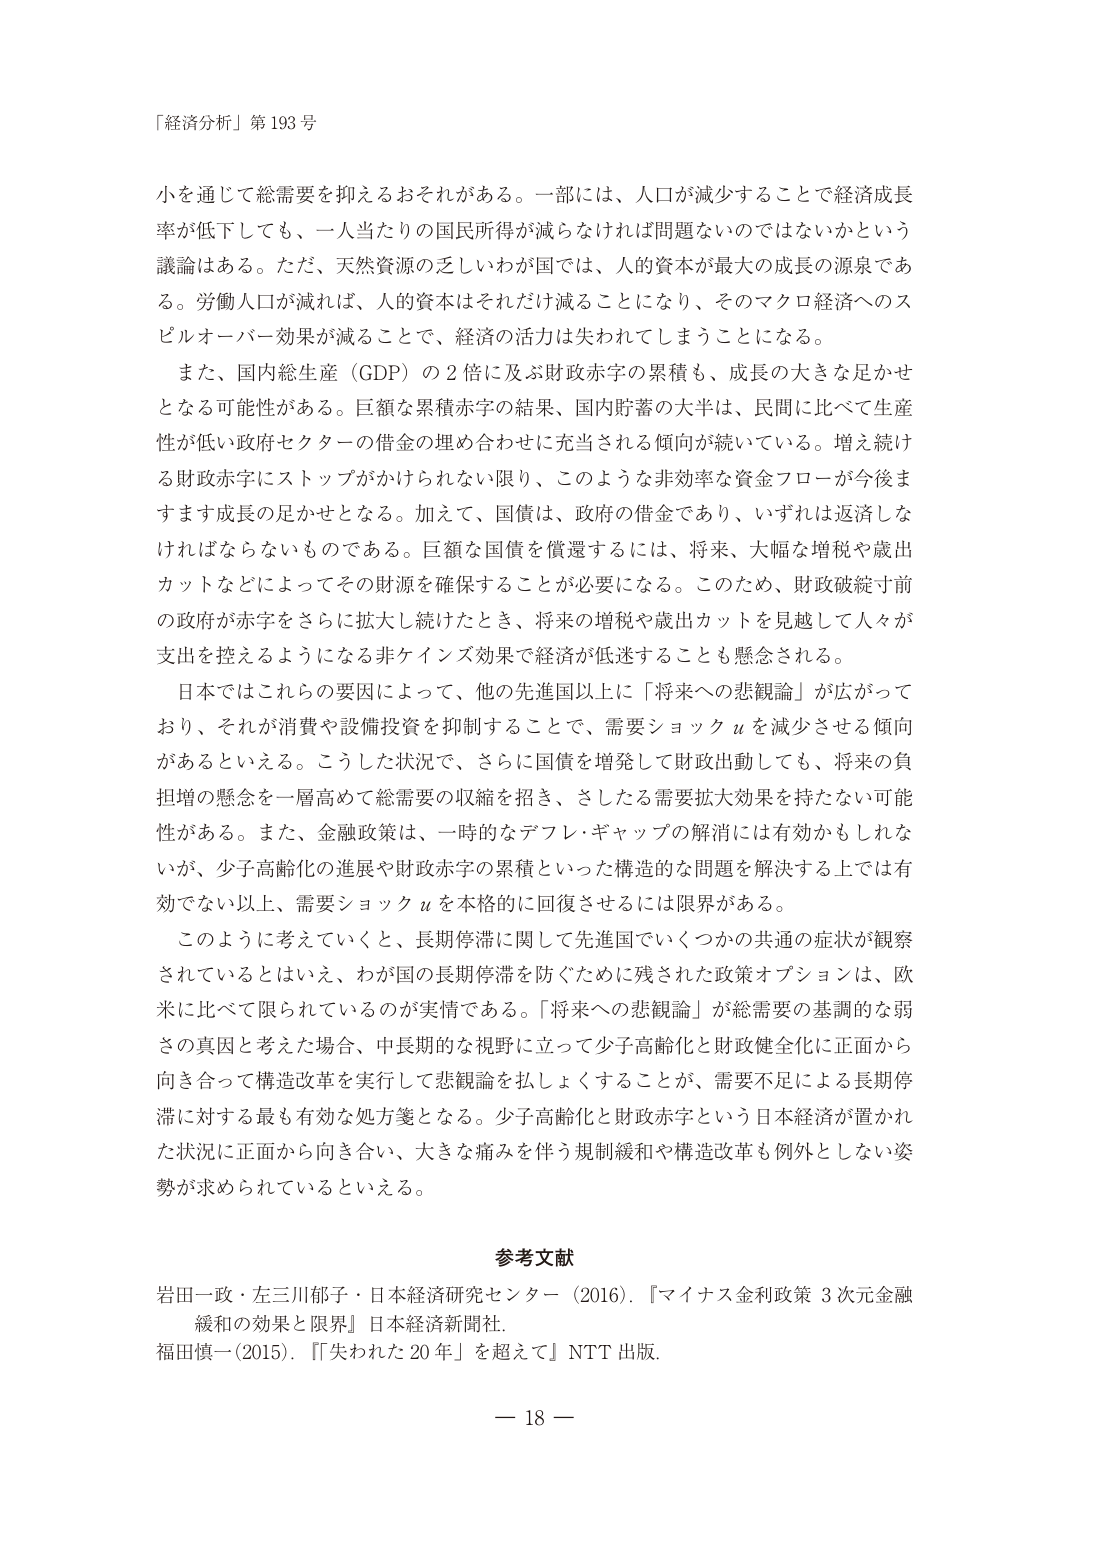
「経済分析」第193号

小を通じて総需要を抑えるおそれがある。一部には、人口が減少することで経済成長率が低下しても、一人当たりの国民所得が減らなければ問題ないのではないかという議論はある。ただ、天然資源の乏しいわが国では、人的資本が最大の成長の源泉である。労働人口が減れば、人的資本はそれだけ減ることになり、そのマクロ経済へのスビルオーバー効果が減ることで、経済の活力は失われてしまうことになる。

また、国内総生産（GDP）の2倍に及ぶ財政赤字の累積も、成長の大きな足かせとなる可能性がある。巨額な累積赤字の結果、国内貯蓄の大半は、民間に比べて生産性が低い政府セクターの借金の埋め合わせに充当される傾向が続いている。増え続ける財政赤字にストップがかけられない限り、このような非効率な資金フローが今後ますます成長の足かせとなる。加えて、国債は、政府の借金であり、いずれは返済しなければならないものである。巨額な国債を償還するには、将来、大幅な増税や歳出カットなどによってその財源を確保することが必要になる。このため、財政破綻寸前の政府が赤字をさらに拡大し続けたとき、将来の増税や歳出カットを見越して人々が支出を控えるようになる非ケインズ効果で経済が低迷することも懸念される。

日本ではこれらの要因によって、他の先進国以上に「将来への悲観論」が広がっており、それが消費や設備投資を抑制することで、需要ショックuを減少させる傾向があるといえる。こうした状況で、さらに国債を増発して財政出動しても、将来の負担増の懸念を一層高めて総需要の収縮を招き、さしたる需要拡大効果を持たない可能性がある。また、金融政策は、一時的なデフレ・ギャップの解消には有効かもしれないが、少子高齢化の進展や財政赤字の累積といった構造的な問題を解決する上では有効でない以上、需要ショックuを本格的に回復させるには限界がある。

このように考えていくと、長期停滞に関して先進国でいくつかの共通の症状が観察されているとはいえ、わが国の長期停滞を防ぐために残された政策オプションは、欧米に比べて限られているのが実情である。「将来への悲観論」が総需要の基調的な弱さの真因と考えた場合、中長期的な視野に立って少子高齢化と財政健全化に正面から向き合って構造改革を実行して悲観論を払しょくすることが、需要不足による長期停滞に対する最も有効な処方箋となる。少子高齢化と財政赤字という日本経済が置かれた状況に正面から向き合い、大きな痛みを伴う規制緩和や構造改革も例外としない姿勢が求められているといえる。

参考文献

岩田一政・左三川郁子・日本経済研究センター（2016）．『マイナス金利政策 3次元金融緩和の効果と限界』日本経済新聞社．

福田慎一（2015）．『「失われた20年」を超えて』NTT出版．

— 18 —